Problem: 46 + 10 = ?
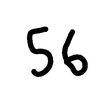
Handwritten answer: 56